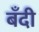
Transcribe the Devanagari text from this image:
बँदी